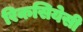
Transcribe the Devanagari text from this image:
रिकसियेसी